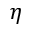
\eta